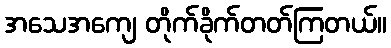
အသေအကျေ တိုက်ခိုက်တတ်ကြတယ်။